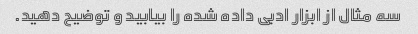
سه مثال از ابزار ادبی داده شده را بیابید و توضیح دهید.